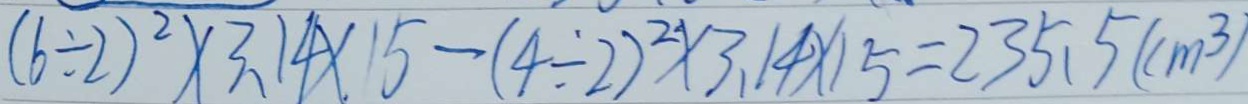
( 6 \div 2 ) ^ { 2 } \times 3 . 1 4 \times 1 5 - ( 4 \div 2 ) ^ { 2 } \times 3 . 1 4 \times 1 5 = 2 3 5 . 5 ( c m ^ { 3 } )